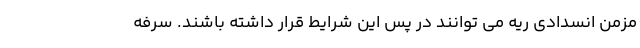
مزمن انسدادی ریه می توانند در پس این شرایط قرار داشته باشند. سرفه